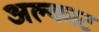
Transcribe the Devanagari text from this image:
अल्काट